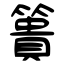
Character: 簣